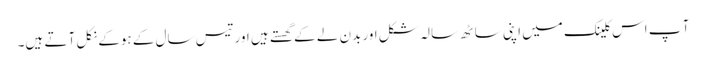
آ پ اس کلینک میں اپنی ساٹھ سالہ شکل اور بدن لے کے گھستے ہیں اور تیس سال کے ہوکے نکل آ تے ہیں۔